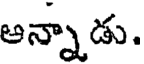
అన్నాడు.